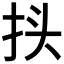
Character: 𰓕